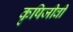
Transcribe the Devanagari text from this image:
कृषिजीवी